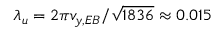
\lambda _ { u } = 2 \pi v _ { y , E B } / \sqrt { 1 8 3 6 } \approx 0 . 0 1 5